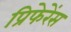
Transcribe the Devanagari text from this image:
प्रिफेरेंस